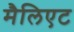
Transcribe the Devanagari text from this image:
मैलिएट